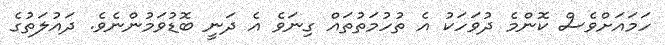
ހަމައަށްވެސް ކޮންމެ ދުވަހަކު އެ ތުހުމަތުތައް ގިނަވެ އެ ދަނީ ބޮޑުވަމުންނެވެ. ދައުލަތުގެ